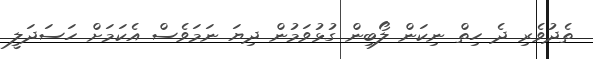
ތެދުވެރި ދެ ހިތް ނިކަން ލޯބިން ގުޅުވަމުން ދިޔަ ނަމަވެސް އެކަމަށް ހަސަދަލީ